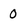
Character: 0